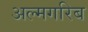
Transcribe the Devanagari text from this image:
अल्मगरिब